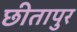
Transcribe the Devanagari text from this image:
छीतापुर